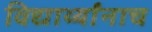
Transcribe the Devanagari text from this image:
विद्यार्थ्यांनाच